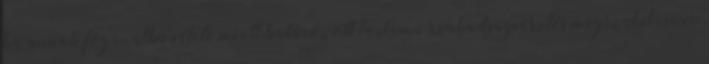
ha annak foganatba vétele miatt határozott tartamú szabadságvesztés megszakítására